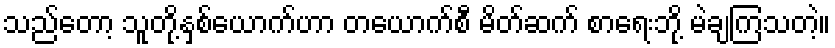
သည်တော့ သူတို့နှစ်ယောက်ဟာ တယောက်စီ မိတ်ဆက် စာရေးဘို့ မဲချကြသတဲ့။